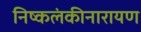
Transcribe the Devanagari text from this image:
निष्कलंकीनारायण